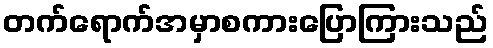
တက်ရောက်အမှာစကားပြောကြားသည်